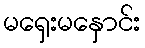
မရှေးမနှောင်း